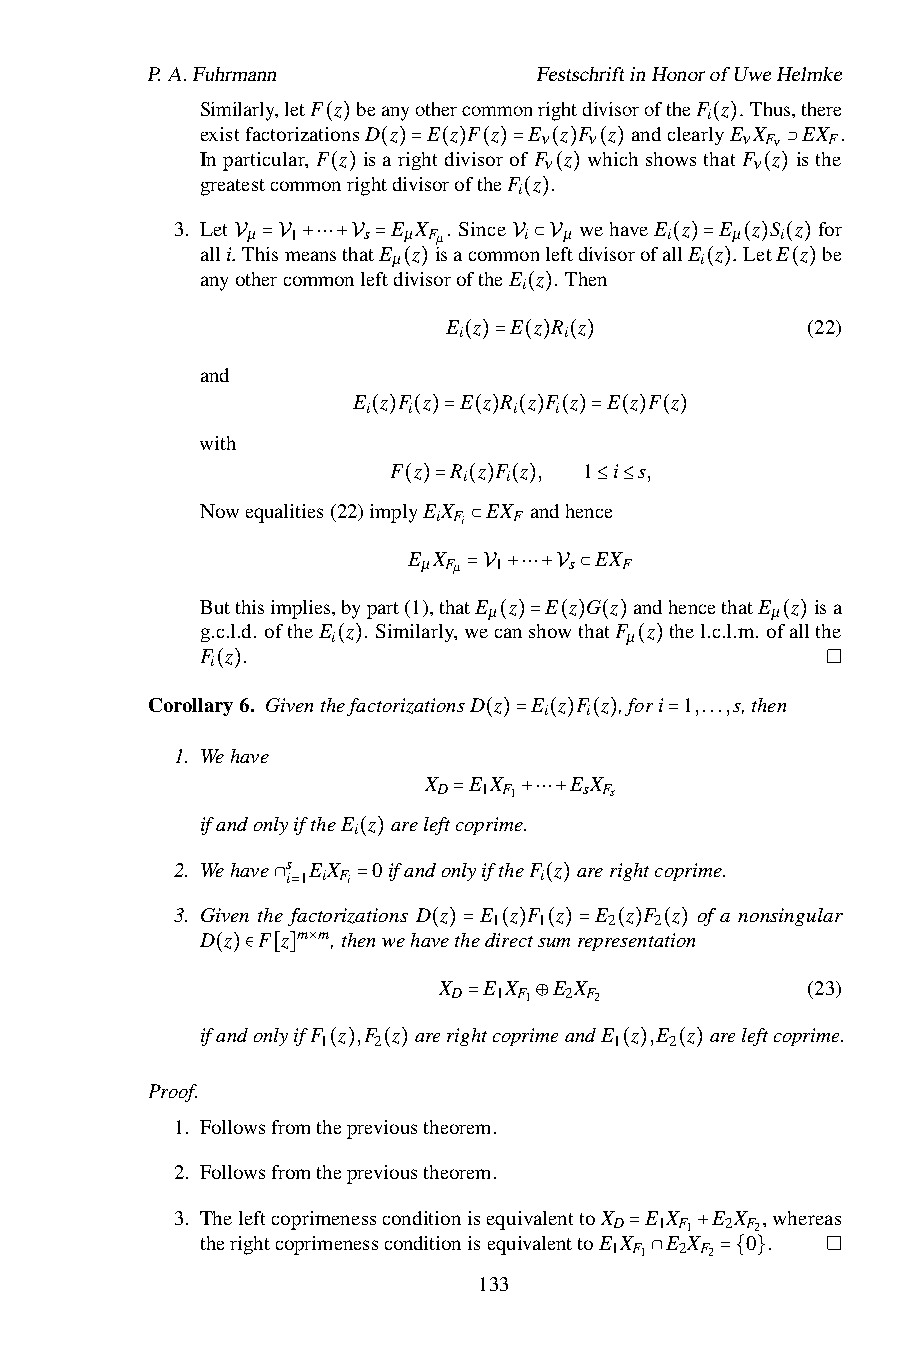
P.A.Fuhrmann              FestschriftinHonorofUweHelmke
 Similarly,letF z beanyothercommonrightdivisoroftheF z . Thus,there
 i
 existfactorizationsD z E z F z E z F z andclearlyE X EX .
 ν  ν         ν Fν  F
 Inparticular, F(z) isarightdivisorofF z whichshowsth(a)tF z isthe
 ν             ν
 greatestcommonrigh(td)iv=iso(ro)ft(he)F= z .( ) ( ) ⊃
 i
 ( )            ( )          ( )
 3. Let µ 1   s E µX Fµ. Since (i ) µ wehaveE i z E µ z S i z for
 alli. ThismeansthatE z isacommonleftdivisorofallE z . LetE z be
 µ                   i
 anyVothe=rVco+m⋯mo+nVlef=tdivisoroftheEV ⊂zV. Then ( )= ( ) ( )
 i
 ( )                 ( )  ( )
 E z E(z)R z            (22)
 i      i
 and               ( )= ( ) ( )
 E z F z E z R z F z E z F z
 i  i      i  i
 with
 ( ) ( )= ( ) ( ) ( )= ( ) ( )
 F z R z F z , 1 i s,
 i i
 Nowequalities(22)implyEX EX andhence
 ( )=i Fi( ) (F) ≤ ≤
 E X ⊂       EX
 µ Fµ 1    s  F
 Butthisimplies,bypart(1),that=EV +z⋯+EVz⊂G z andhencethatE z isa
 µ                  µ
 g.c.l.d. oftheE z . Similarly,wecanshowthatF z thel.c.l.m. ofallthe
 i                  µ
 F z .               ( )= ( ) ( )       ( )
 i
 ( )                 ( )
 Corollar(y)6. GiventhefactorizationsD z E z F z ,fori 1,...,s,then
 i  i
 1. Wehave            ( )= ( ) ( ) =
 X  E X    E X
 D  1 F1   s Fs
 ifandonlyiftheE z areleftcoprime.
 i      =   +⋯+
 2. Wehave s
 i
 1E iX
 Fi
 (0)ifandonlyiftheF
 i
 z arerightcoprime.
 3. Given th∩e =factoriza=tions D z E
 1
 z F 1(z) E
 2
 z F
 2
 z of a nonsingular
 D z F z m m,thenwehavethedirectsumrepresentation
 ( )= ( ) ( )= ( ) ( )
 ×
 ( )∈ [ ]       X  E X  E X             (23)
 D  1 F1 2 F2
 ifandonlyifF z ,F z arerig=htcoprim⊕eandE z ,E z areleftcoprime.
 1   2               1  2
 ( ) ( )            ( ) ( )
 Proof.
 1. Followsfromtheprevioustheorem.
 2. Followsfromtheprevioustheorem.
 3. TheleftcoprimenessconditionisequivalenttoX E X E X ,whereas
 D 1 F1 2 F2
 therightcoprimenessconditionisequivalenttoE X E X 0 .
 1 F1 2 F2
 =   +
 133        ∩    ={ }